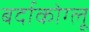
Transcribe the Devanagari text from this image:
बर्दाकोग्लू